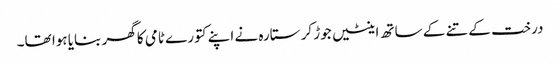
درخت کے تنے کے ساتھ اینٹیں جوڑ کر ستارہ نے اپنے کتورے ٹامی کا گھر بنایا ہوا تھا۔